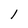
Character: l